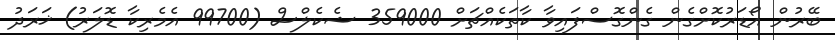
ބޭރުން އޯޑަރުކޮށްގެން ގެންގޮސްފައިވާ ކާތަކެއްޗަށް 359000 ޝެކެލްސް (99700 އެމެރިކާ ޑޮލަރު) ޚަރަދު